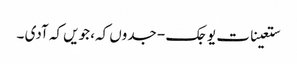
ستعینات یوجک - جدوں کہ، جویں کہ آدی ۔